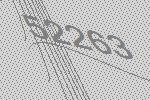
52263